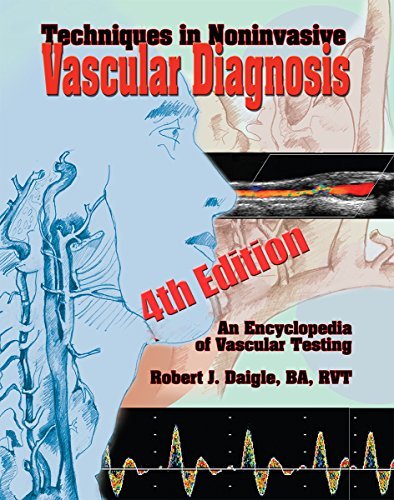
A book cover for Techniques in Noninvasive Vascular Diagnosis: An Encyclopedia of Vascular Testing; Robert J., Jr. Daigle; Reference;